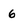
Character: 6